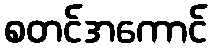
စတင်အကောင်